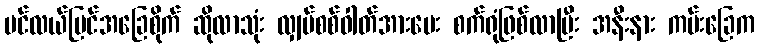
ပင်လယ်ပြင်အခြေစိုက် ဆိုလာသုံး လျှပ်စစ်ဓါတ်အားပေး စက်ရုံဖြစ်လာပြီး အနီးနား ကမ်းခြေက